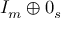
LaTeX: I _ { m } \oplus 0 _ { s }